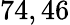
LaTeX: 74,46